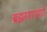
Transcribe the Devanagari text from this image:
ब्रह्मस्वापहारी